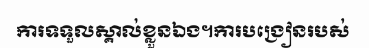
ការទទួលស្គាល់ខ្លួនឯង។ការបង្រៀនរបស់